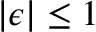
| \epsilon | \le 1